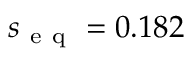
s _ { \mathrm { ~ e ~ q ~ } } = 0 . 1 8 2